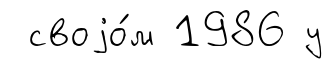
своjо́м 1986 у